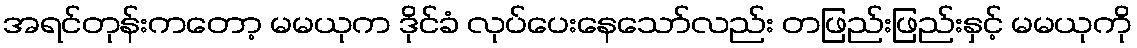
အရင်တုန်းကတော့ မမယုက ဒိုင်ခံ လုပ်ပေးနေသော်လည်း တဖြည်းဖြည်းနှင့် မမယုကို